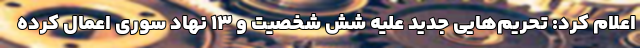
اعلام کرد: تحریم‌هایی جدید علیه شش شخصیت و ۱۳ نهاد سوری اعمال کرده